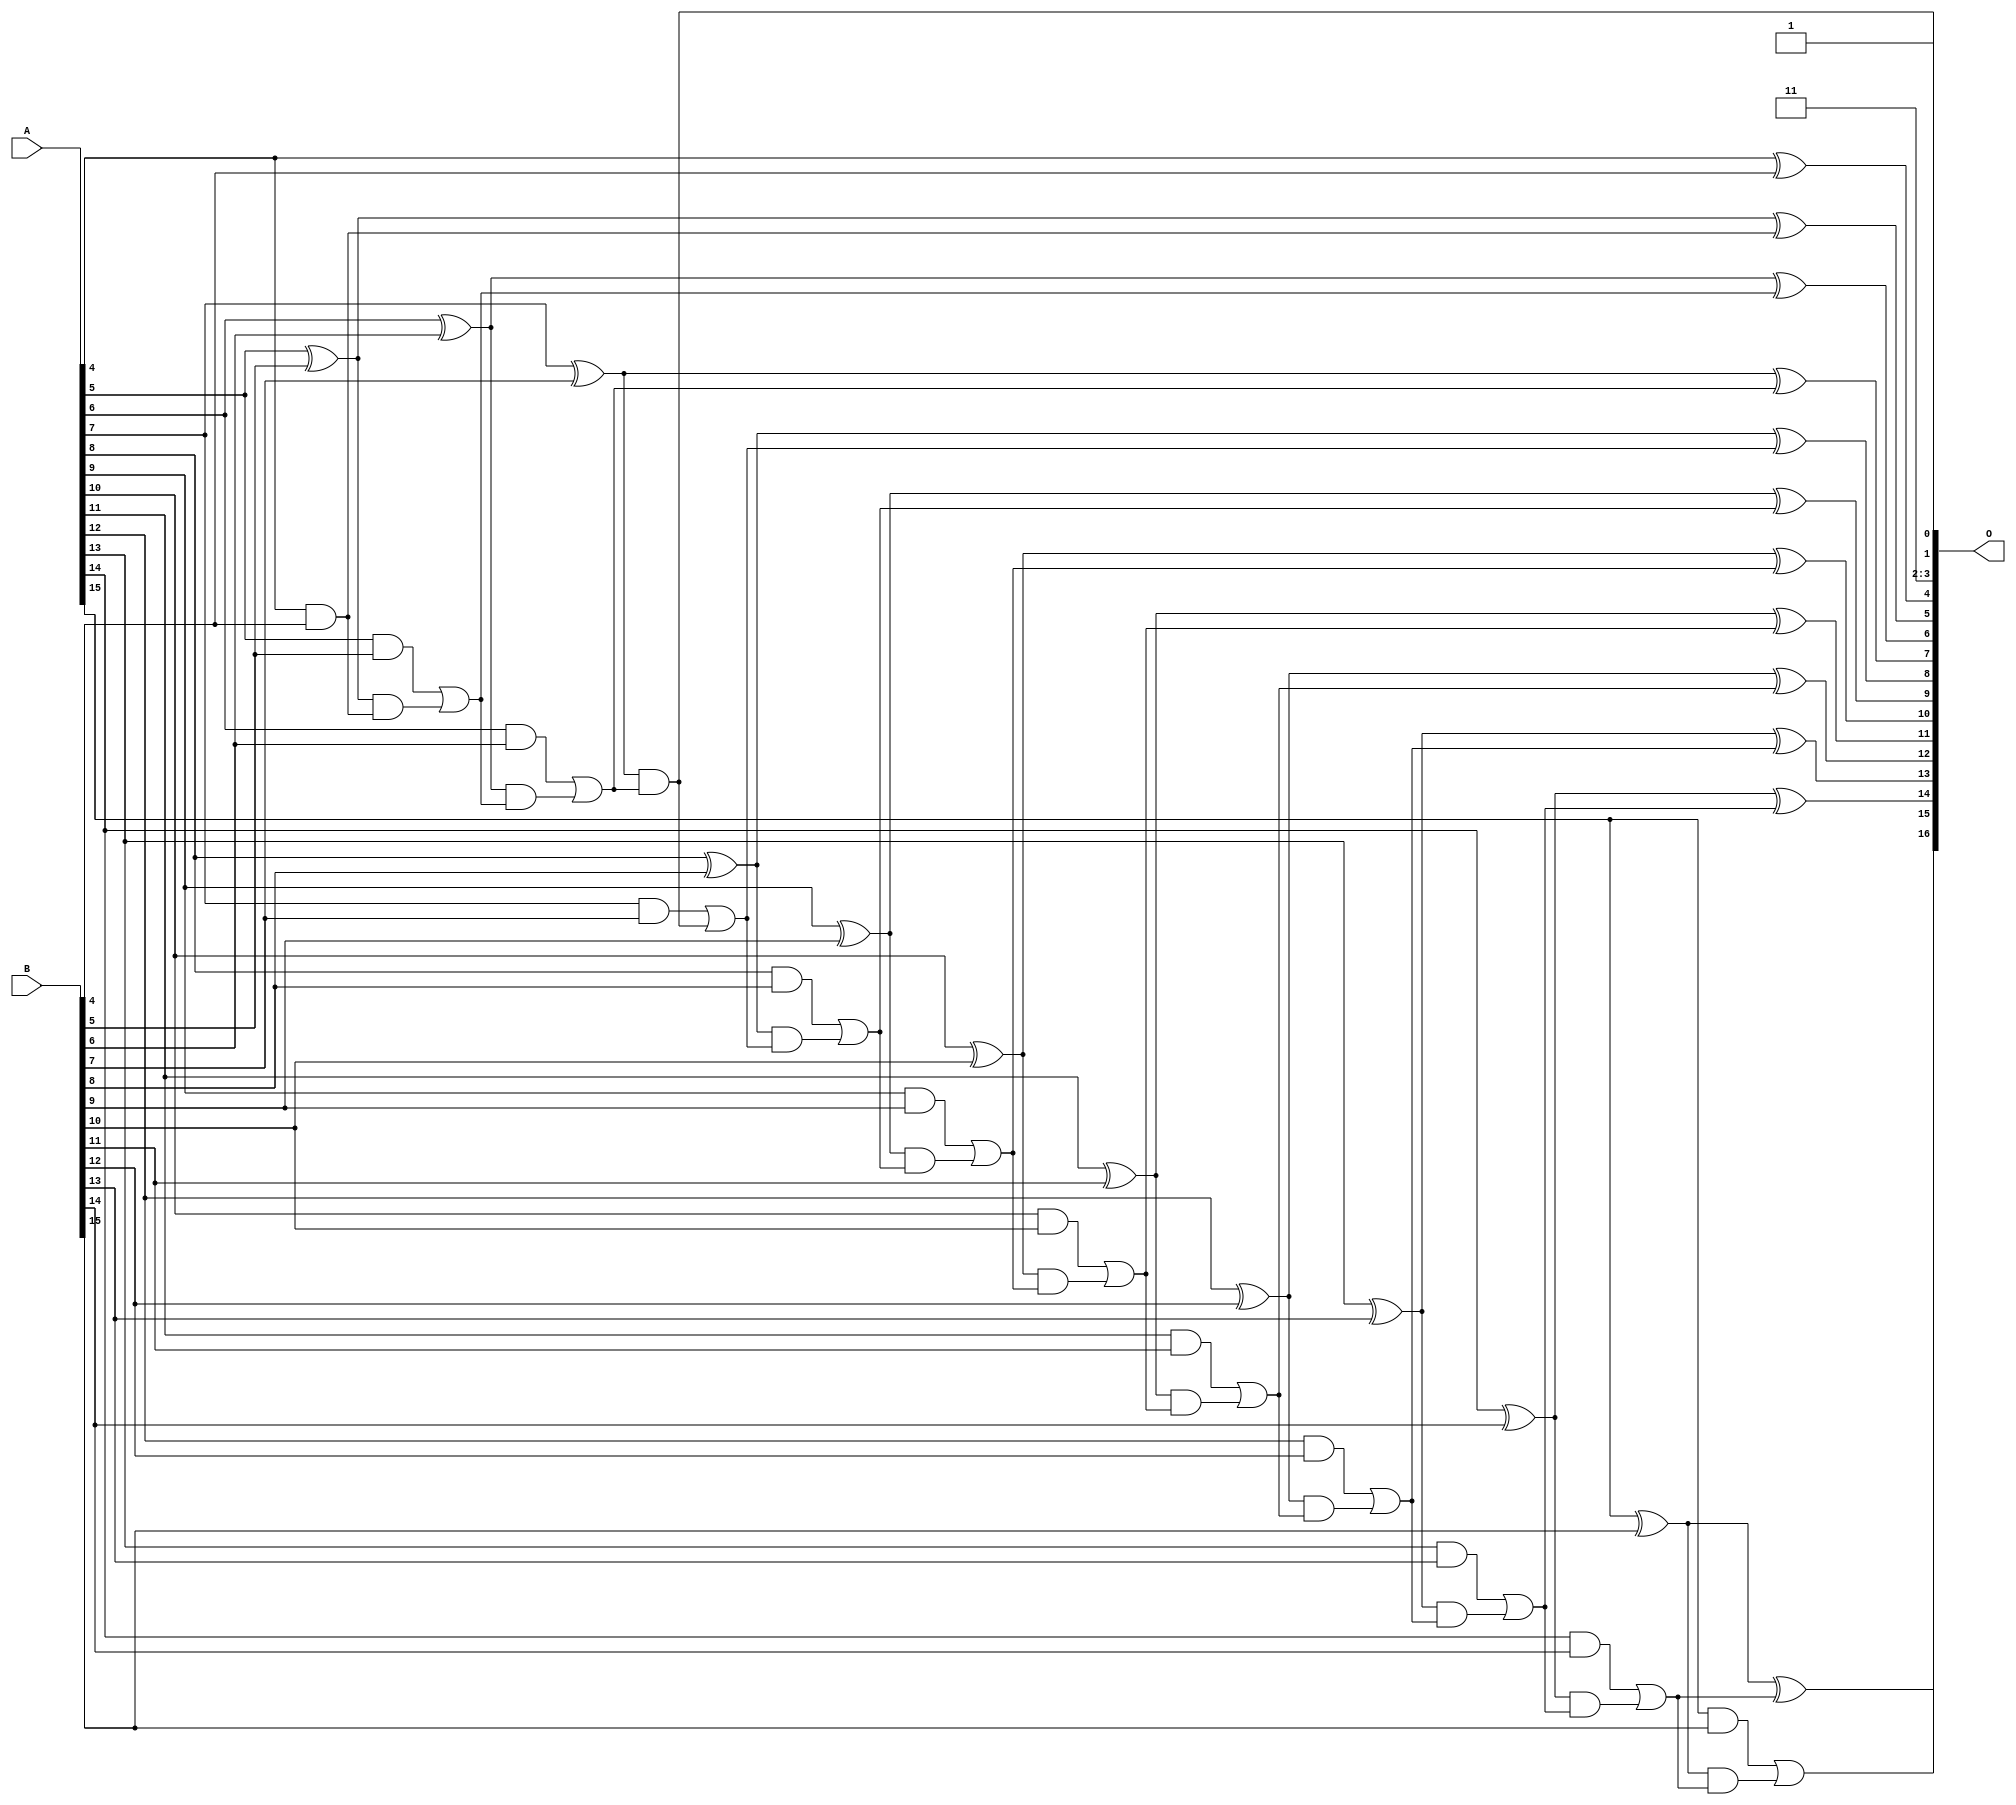
/***
* This code is a part of EvoApproxLib library (ehw.fit.vutbr.cz/approxlib) distributed under The MIT License.
* When used, please cite the following article(s): PRABAKARAN B. S., MRAZEK V., VASICEK Z., SEKANINA L., SHAFIQUE M. ApproxFPGAs: Embracing ASIC-based Approximate Arithmetic Components for FPGA-Based Systems. DAC 2020. 
***/
// MAE% = 0.0042 %
// MAE = 5.5 
// WCE% = 0.013 %
// WCE = 17 
// WCRE% = 1200.00 %
// EP% = 94.36 %
// MRE% = 0.012 %
// MSE = 46 
// FPGA_POWER = 0.45
// FPGA_DELAY = 9.5
// FPGA_LUT = 16


module add16u_02N(A, B, O);
  input [15:0] A, B;
  output [16:0] O;
  wire sig_49, sig_50, sig_53, sig_54, sig_55, sig_56;
  wire sig_58, sig_59, sig_60, sig_61, sig_63, sig_64;
  wire sig_65, sig_68, sig_69, sig_70, sig_71, sig_73;
  wire sig_74, sig_75, sig_76, sig_78, sig_79, sig_80;
  wire sig_81, sig_83, sig_84, sig_85, sig_86, sig_88;
  wire sig_89, sig_90, sig_91, sig_93, sig_94, sig_95;
  wire sig_96, sig_98, sig_99, sig_100, sig_101, sig_103;
  wire sig_104, sig_105, sig_106;
  assign O[2] = 1'b1;
  assign O[0] = 1'b1;
  assign sig_49 = A[4] ^ B[4];
  assign sig_50 = A[4] & B[4];
  assign O[4] = sig_49;
  assign sig_53 = sig_50;
  assign sig_54 = A[5] ^ B[5];
  assign sig_55 = A[5] & B[5];
  assign sig_56 = sig_54 & sig_53;
  assign O[5] = sig_54 ^ sig_53;
  assign sig_58 = sig_55 | sig_56;
  assign sig_59 = A[6] ^ B[6];
  assign sig_60 = A[6] & B[6];
  assign sig_61 = sig_59 & sig_58;
  assign O[6] = sig_59 ^ sig_58;
  assign sig_63 = sig_60 | sig_61;
  assign sig_64 = A[7] ^ B[7];
  assign sig_65 = A[7] & B[7];
  assign O[1] = sig_64 & sig_63;
  assign O[7] = sig_64 ^ sig_63;
  assign sig_68 = sig_65 | O[1];
  assign sig_69 = A[8] ^ B[8];
  assign sig_70 = A[8] & B[8];
  assign sig_71 = sig_69 & sig_68;
  assign O[8] = sig_69 ^ sig_68;
  assign sig_73 = sig_70 | sig_71;
  assign sig_74 = A[9] ^ B[9];
  assign sig_75 = A[9] & B[9];
  assign sig_76 = sig_74 & sig_73;
  assign O[9] = sig_74 ^ sig_73;
  assign sig_78 = sig_75 | sig_76;
  assign sig_79 = A[10] ^ B[10];
  assign sig_80 = A[10] & B[10];
  assign sig_81 = sig_79 & sig_78;
  assign O[10] = sig_79 ^ sig_78;
  assign sig_83 = sig_80 | sig_81;
  assign sig_84 = A[11] ^ B[11];
  assign sig_85 = A[11] & B[11];
  assign sig_86 = sig_84 & sig_83;
  assign O[11] = sig_84 ^ sig_83;
  assign sig_88 = sig_85 | sig_86;
  assign sig_89 = A[12] ^ B[12];
  assign sig_90 = A[12] & B[12];
  assign sig_91 = sig_89 & sig_88;
  assign O[12] = sig_89 ^ sig_88;
  assign sig_93 = sig_90 | sig_91;
  assign sig_94 = A[13] ^ B[13];
  assign sig_95 = A[13] & B[13];
  assign sig_96 = sig_94 & sig_93;
  assign O[13] = sig_94 ^ sig_93;
  assign sig_98 = sig_95 | sig_96;
  assign sig_99 = A[14] ^ B[14];
  assign sig_100 = A[14] & B[14];
  assign sig_101 = sig_99 & sig_98;
  assign O[14] = sig_99 ^ sig_98;
  assign sig_103 = sig_100 | sig_101;
  assign sig_104 = A[15] ^ B[15];
  assign sig_105 = A[15] & B[15];
  assign sig_106 = sig_104 & sig_103;
  assign O[15] = sig_104 ^ sig_103;
  assign O[16] = sig_105 | sig_106;
  assign O[3] = O[2];
endmodule